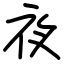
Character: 夜